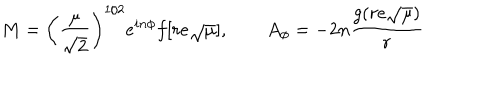
M = \left( \frac { \mu } { \sqrt { 2 } } \right) ^ { 1 / 2 } e ^ { i n \phi } f [ r e \sqrt { \mu } ] , \qquad A _ { \phi } = - 2 n \frac { g ( r e \sqrt { \mu } ) } { r }